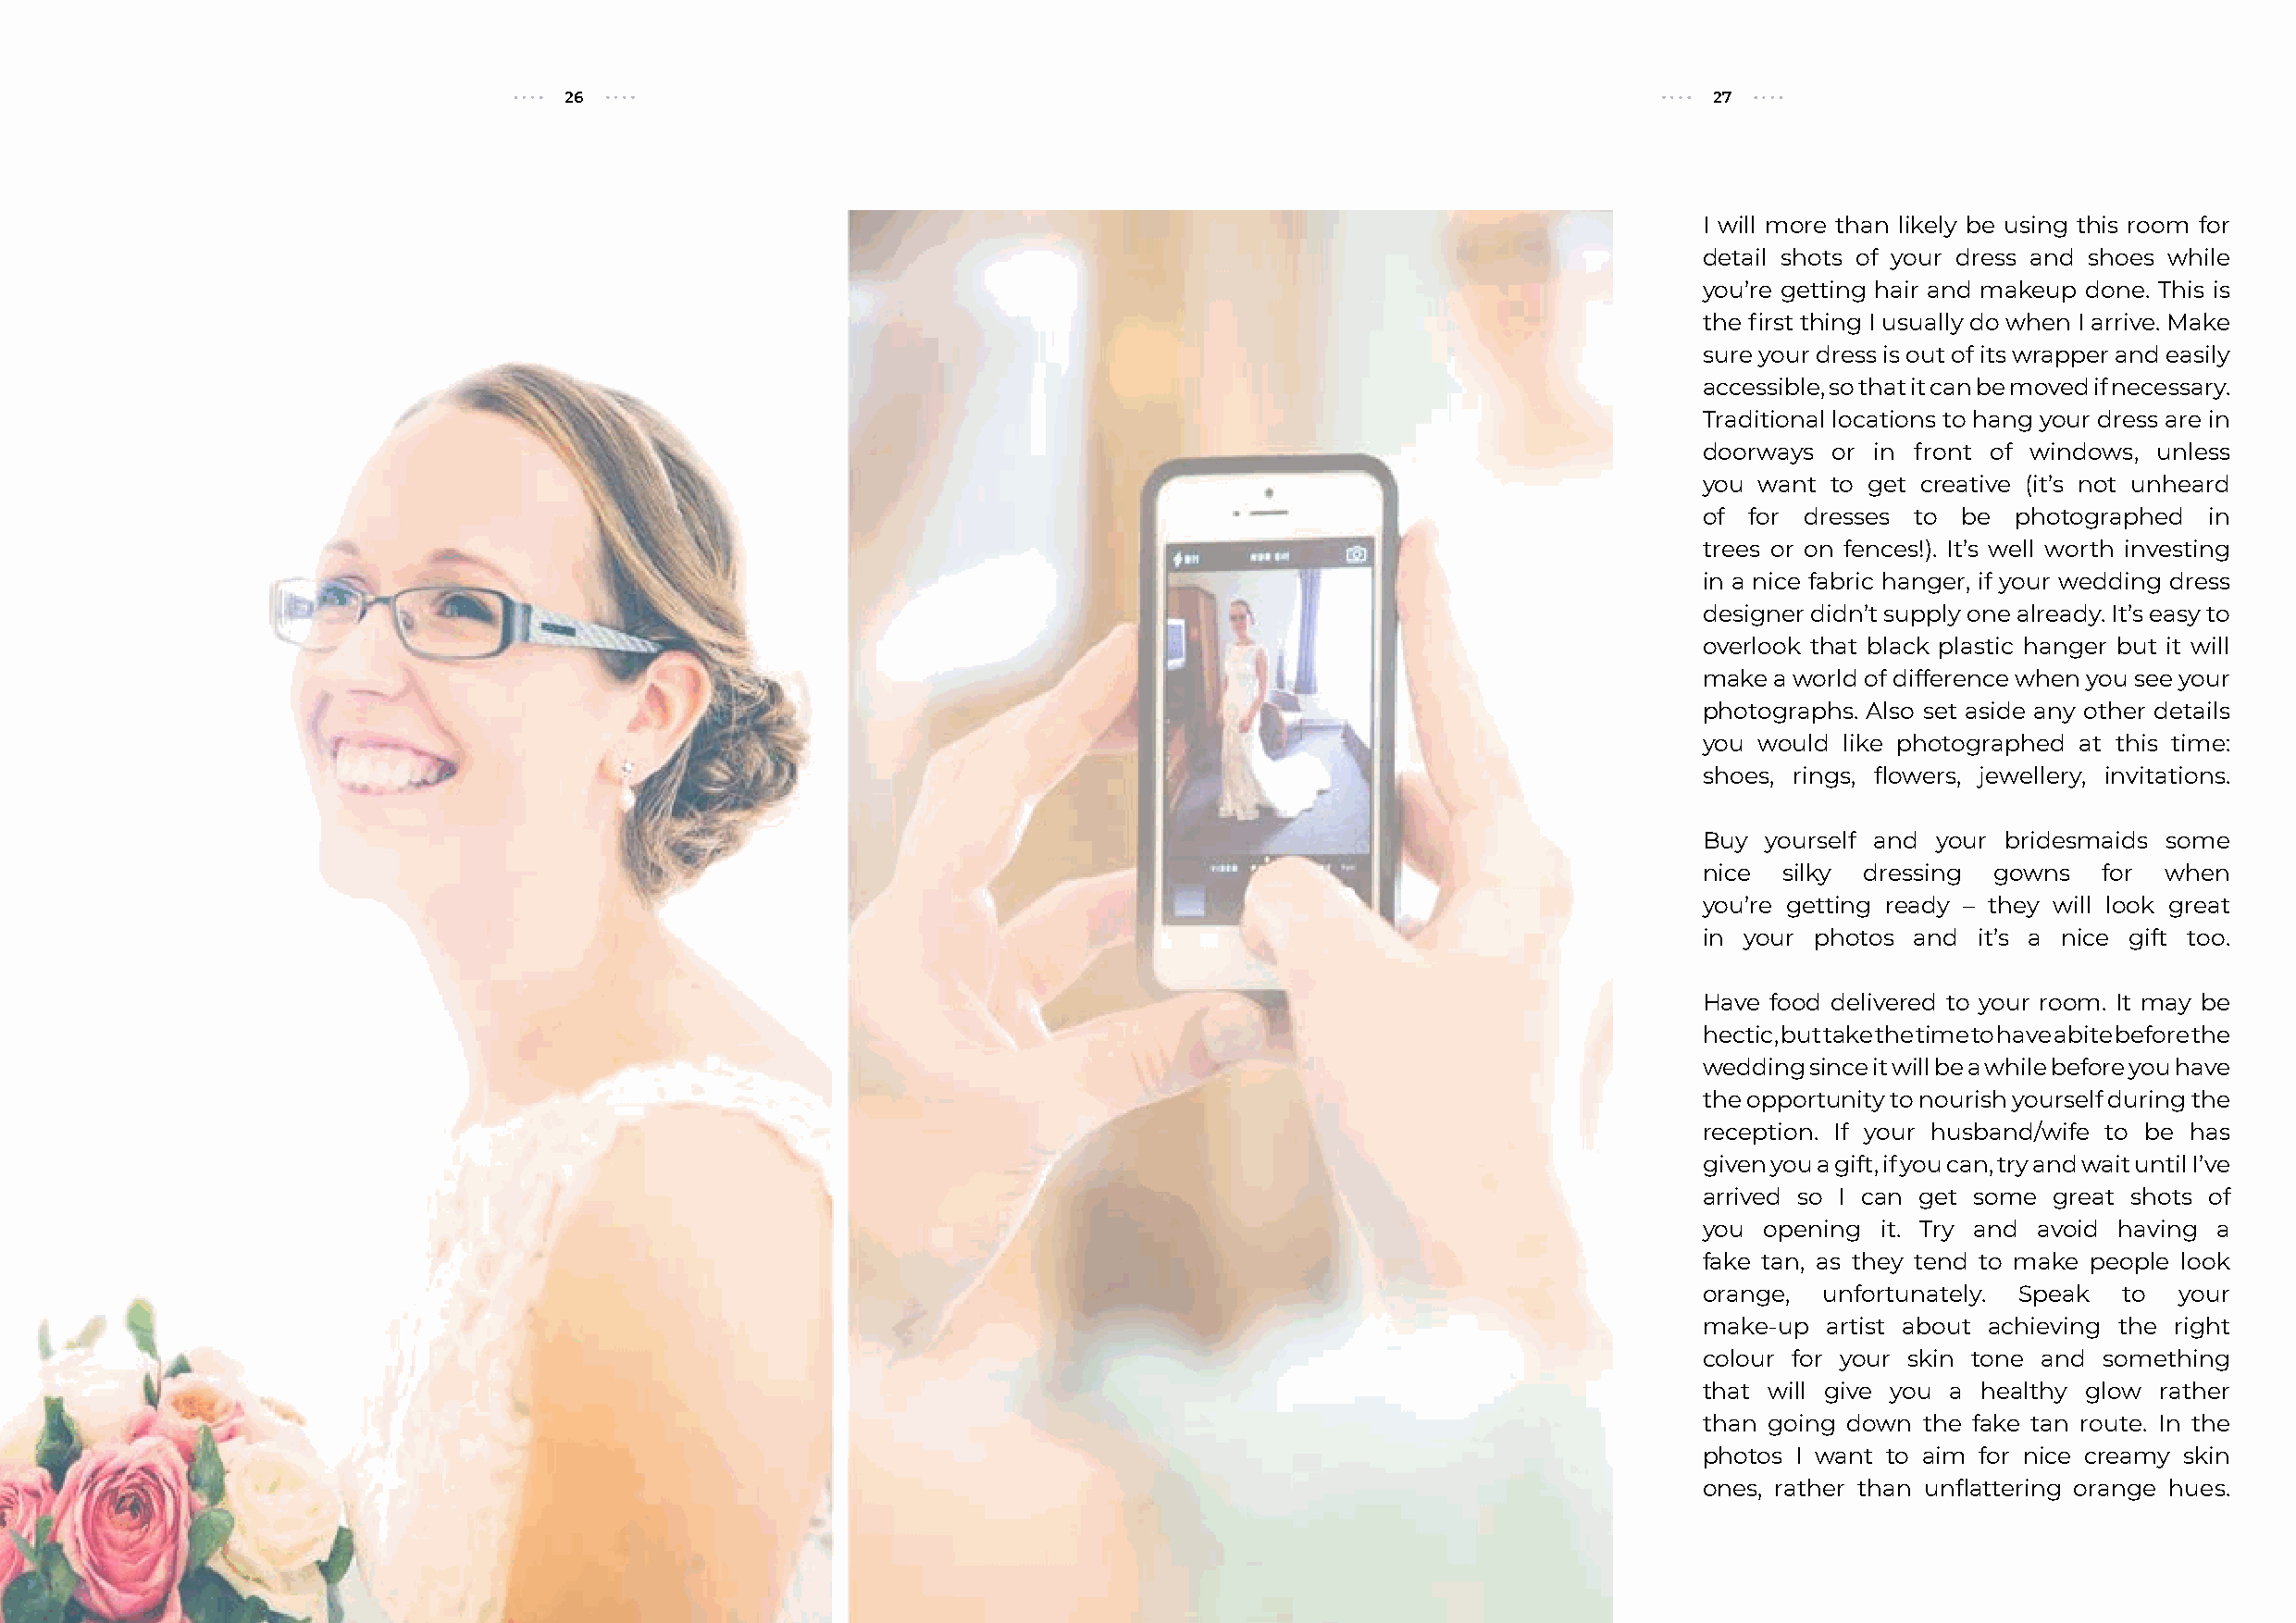
26                                                                                 27
 I will more than likely be using this room for
 detail shots of your dress and shoes while
 you’re getting hair and makeup done. This is
 the first thing I usually do when I arrive. Make
 sure your dress is out of its wrapper and easily
 accessible, so that it can be moved if necessary.
 Traditional locations to hang your dress are in
 doorways or in front of windows, unless
 you want to get creative (it’s not unheard
 of for dresses to be  photographed  in
 trees or on fences!). It’s well worth investing
 in a nice fabric hanger, if your wedding dress
 designer didn’t supply one already. It’s easy to
 overlook that black plastic hanger but it will
 make a world of difference when you see your
 photographs. Also set aside any other details
 you would like photographed at this time:
 shoes, rings, flowers, jewellery, invitations.
 Buy yourself and your bridesmaids some
 nice  silky dressing gowns  for  when
 you’re getting ready – they will look great
 in your photos and it’s a nice gift too.
 Have food delivered to your room. It may be
 hectic, but take the time to have a bite before the
 wedding since it will be a while before you have
 the opportunity to nourish yourself during the
 reception. If your husband/wife to be has
 given you a gift, if you can, try and wait until I’ve
 arrived so I can get some great shots of
 you opening it. Try and avoid having a
 fake tan, as they tend to make people look
 orange, unfortunately. Speak  to  your
 make-up  artist about achieving the right
 colour for your skin tone and something
 that will give you a healthy glow rather
 than going down the fake tan route. In the
 photos I want to aim for nice creamy skin
 ones, rather than unflattering orange hues.